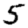
Digit: 5